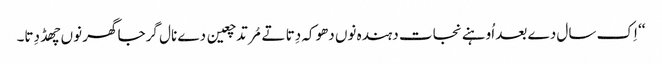
‘‘ اِک سال دے بعد اُوہنے نجات دہندہ نوں دھوکہ دِتا تے مُرتد چعین دے نال گرجا گھر نوں چھڈ دِتا۔